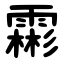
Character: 霦